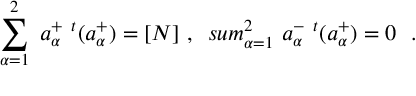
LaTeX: \sum _ { \alpha = 1 } ^ { 2 } \ a _ { \alpha } ^ { + } \ ^ { t } ( a _ { \alpha } ^ { + } ) = [ N ] \ , \ \, s u m _ { \alpha = 1 } ^ { 2 } \ a _ { \alpha } ^ { - } \ ^ { t } ( a _ { \alpha } ^ { + } ) = 0 \ \ .